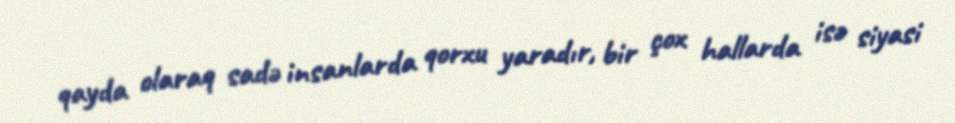
qayda olaraq sadə insanlarda qorxu yaradır, bir çox hallarda isə siyasi